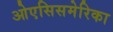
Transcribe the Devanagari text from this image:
ओएसिसमेरिका